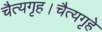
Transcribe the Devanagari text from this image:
चैत्यगृह।चैत्यगृहे